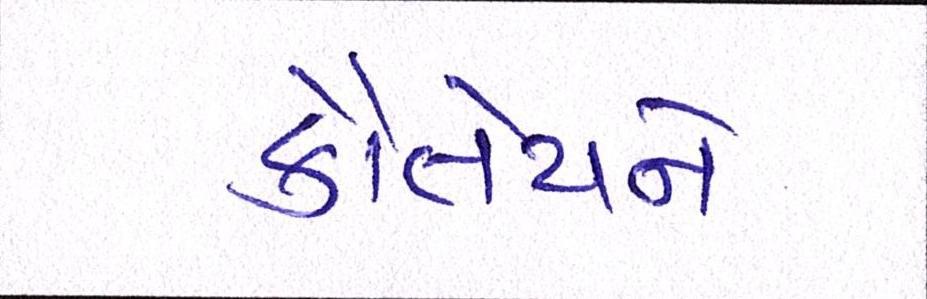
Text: કૌંતેયને